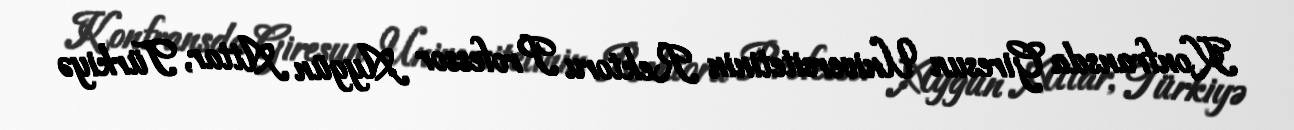
Konfransda Giresun Universitetinin Rektoru Professor Aygün Attar, Türkiyə